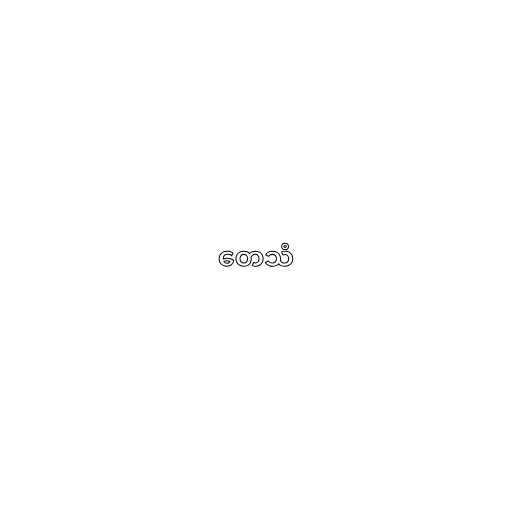
တေသံ